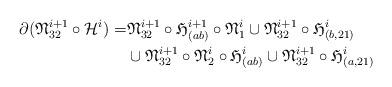
LaTeX: \begin{align*}\aligned\partial (\frak N^{i+1}_{32} \circ \mathcal H^i)=&\frak N^{i+1}_{32} \circ \frak H_{(ab)}^{i+1} \circ \frak N^{i}_{1}\cup\frak N^{i+1}_{32} \circ \frak H_{(b,21)}^i \\&\cup\frak N^{i+1}_{32} \circ \frak N^{i}_{2} \circ \frak H_{(ab)}^{i}\cup\frak N^{i+1}_{32} \circ \frak H_{(a,21)}^i\endaligned\end{align*}